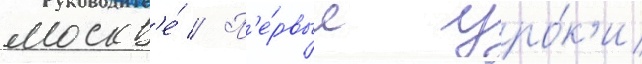
москв'е́ // П'е́рвые уро́к'и